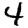
Digit: 4